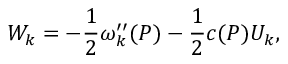
W _ { k } = - { \frac { 1 } { 2 } } \omega _ { k } ^ { \prime \prime } ( P ) - { \frac { 1 } { 2 } } c ( P ) U _ { k } ,